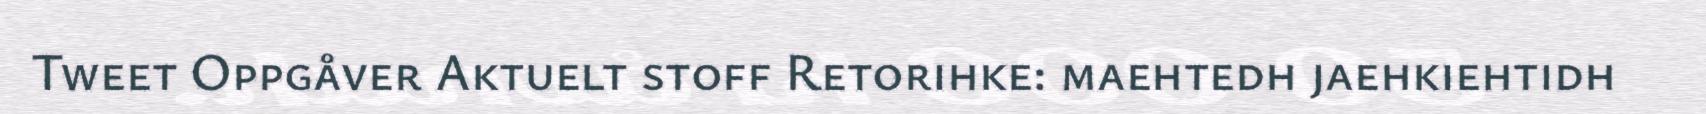
Tweet Oppgåver Aktuelt stoff Retorihke: maehtedh jaehkiehtidh